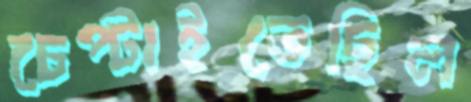
চেপ্‌টাইতেছিল